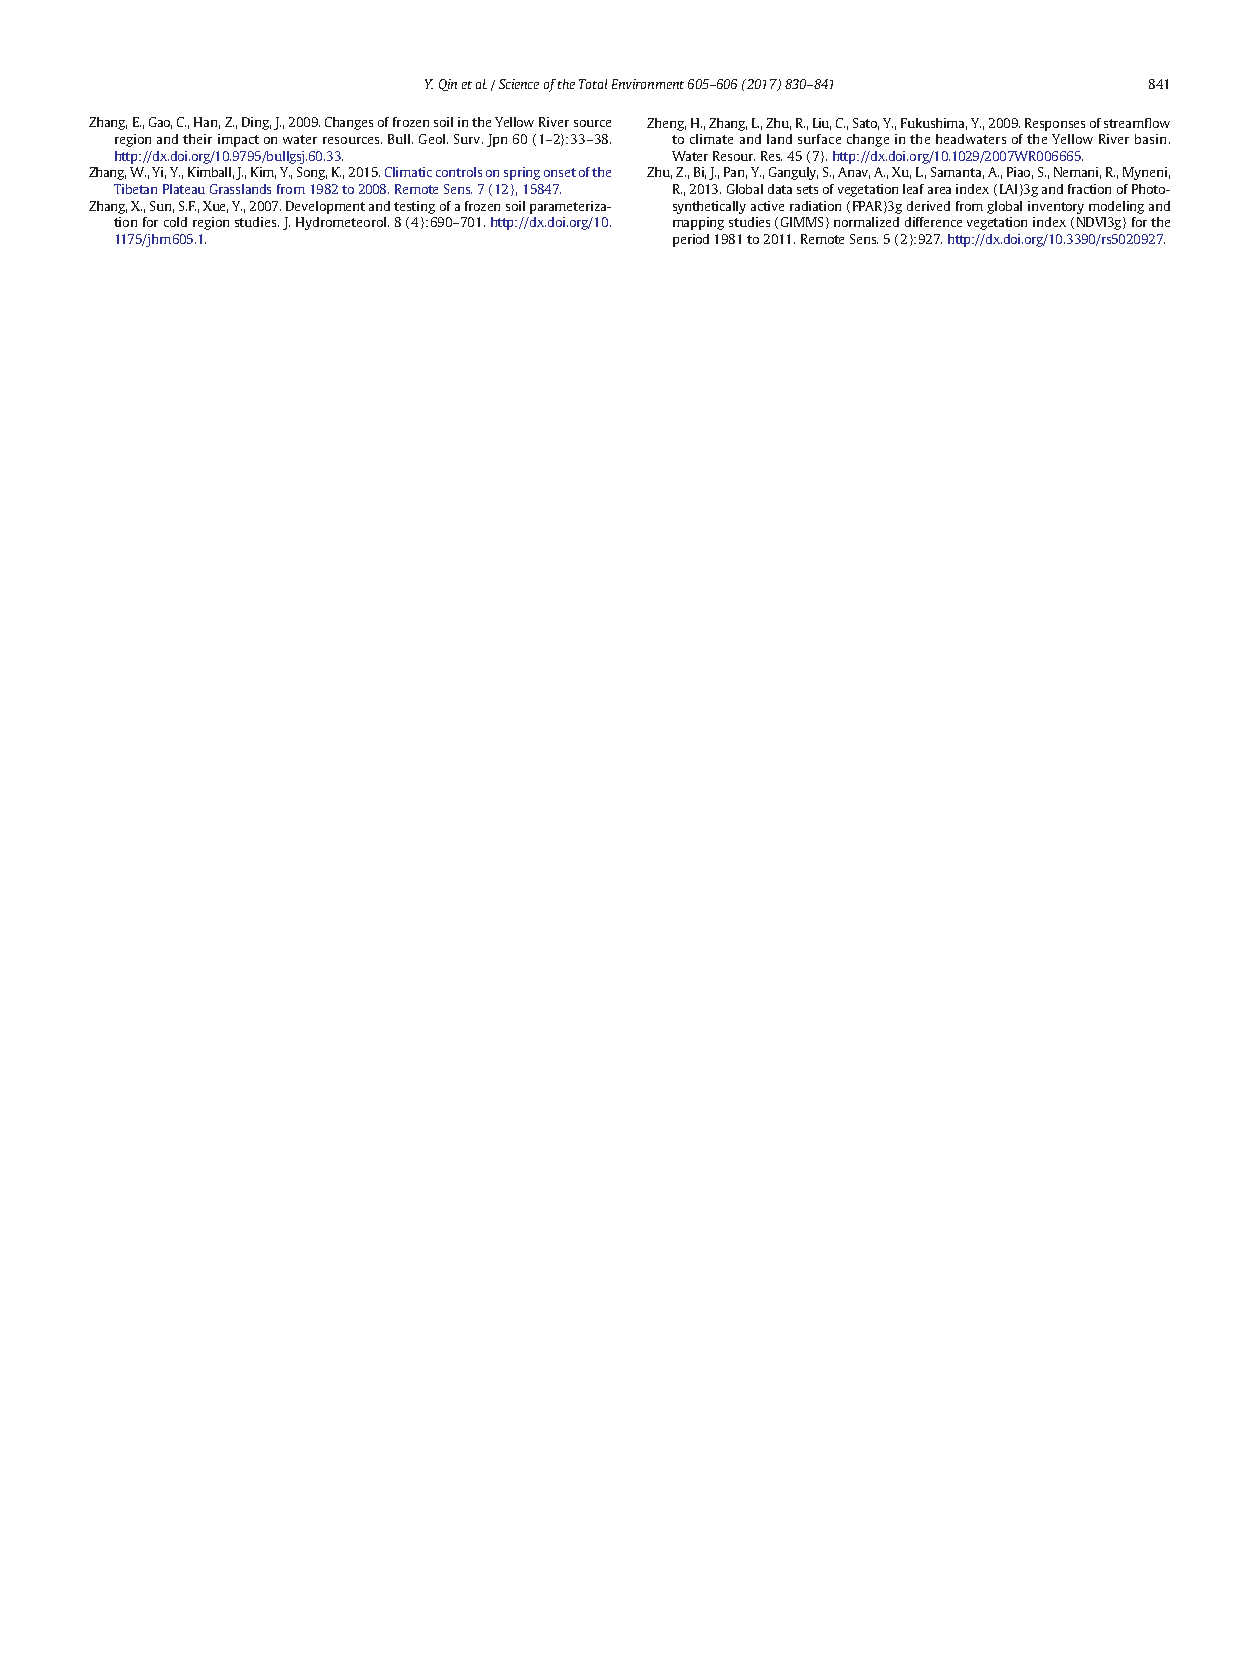
Y.Qinetal./ScienceoftheTotalEnvironment605–606(2017)830–841 841
 Zhang,E.,Gao,C.,Han,Z.,Ding,J.,2009.ChangesoffrozensoilintheYellowRiversource Zheng,H.,Zhang,L.,Zhu,R.,Liu,C.,Sato,Y.,Fukushima,Y.,2009.Responsesofstreamflow
 regionandtheirimpactonwaterresources.Bull.Geol.Surv.Jpn60(1–2):33–38. toclimateandlandsurfacechangeintheheadwatersoftheYellowRiverbasin.
 http://dx.doi.org/10.9795/bullgsj.60.33. WaterResour.Res.45(7).http://dx.doi.org/10.1029/2007WR006665.
 Zhang,W.,Yi,Y.,Kimball,J.,Kim,Y.,Song,K.,2015.Climaticcontrolsonspringonsetofthe Zhu,Z.,Bi,J.,Pan,Y.,Ganguly,S.,Anav,A.,Xu,L.,Samanta,A.,Piao,S.,Nemani,R.,Myneni,
 TibetanPlateauGrasslandsfrom1982to2008.RemoteSens.7(12),15847. R.,2013.Globaldatasetsofvegetationleafareaindex(LAI)3gandfractionofPhoto-
 Zhang,X.,Sun,S.F.,Xue,Y.,2007.Developmentandtestingofafrozensoilparameteriza- syntheticallyactiveradiation(FPAR)3gderivedfromglobalinventorymodelingand
 tionforcoldregionstudies.J.Hydrometeorol.8(4):690–701.http://dx.doi.org/10. mappingstudies(GIMMS)normalizeddifferencevegetationindex(NDVI3g)forthe
 1175/jhm605.1.                      period1981to2011.RemoteSens.5(2):927.http://dx.doi.org/10.3390/rs5020927.